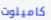
كاميلوت